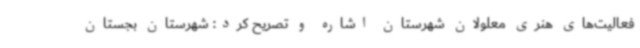
فعالیت‌های هنری معلولان شهرستان اشاره و تصریح کرد: شهرستان بجستان